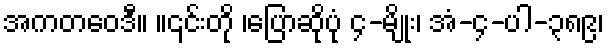
အကတဝေဒီ။ ။၎င်းတို ၊ပြောဆိုပုံ ၄-မျိုး၊ အံ-၄-ပါ-၃၈၉၊